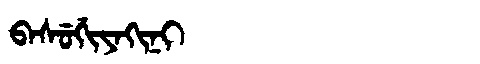
Manchu: ᠪᠠᠰᡠᡤᡳᠶᠠᡴᡳᠨᡳ
Romanization: BASUGIYAKINI